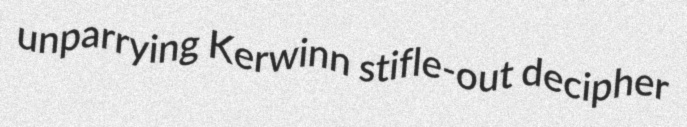
unparrying Kerwinn stifle-out decipher